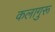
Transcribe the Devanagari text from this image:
कलागुरू